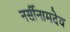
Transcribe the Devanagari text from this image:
नर्सीनामदेव